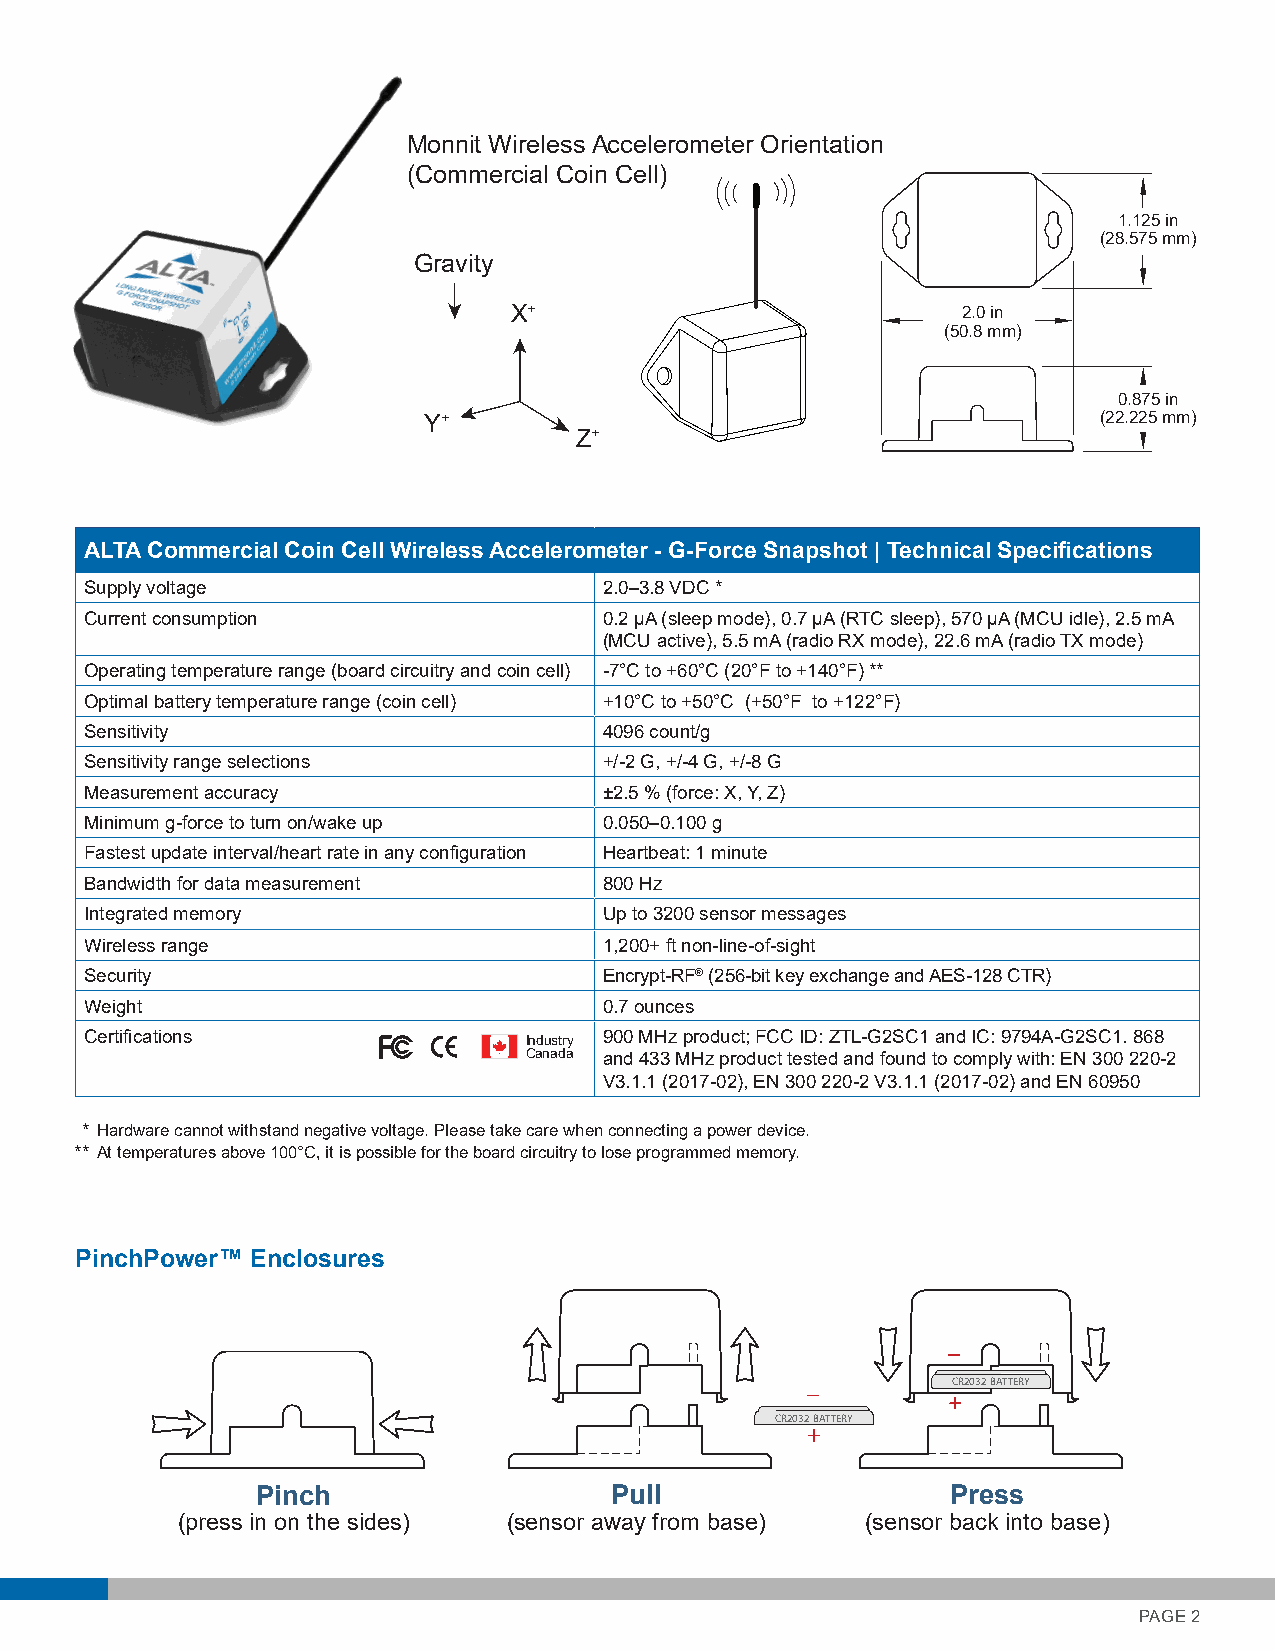
Monnit Wireless Accelerometer Orientation
 (Commercial Coin Cell)
 1.125 in   Pinch and Pull
 (28.575 mm) To Change Battery
 Gravity
 X+                            2.0 in
 (50.8 mm)
 CR2032 BATTERY
 0.875 in
 Y+                                           (22.225 mm)
 Z+
 ALTA Commercial Coin Cell Wireless Accelerometer - G-Force Snapshot | Technical Specifications
 Supply voltage                    2.0–3.8 VDC *
 Current consumption               0.2 µA (sleep mode), 0.7 µA (RTC sleep), 570 µA (MCU idle), 2.5 mA
 (MCU active), 5.5 mA (radio RX mode), 22.6 mA (radio TX mode)
 Operating temperature range (board circuitry and coin cell) -7°C to +60°C (20°F to +140°F) **
 Optimal battery temperature range (coin cell) +10°C to +50°C (+50°F to +122°F)
 Sensitivity                       4096 count/g
 Sensitivity range selections      +/-2 G, +/-4 G, +/-8 G
 Measurement accuracy              ±2.5 % (force: X, Y, Z)
 Minimum g-force to turn on/wake up 0.050–0.100 g
 Fastest update interval/heart rate in any configuration Heartbeat: 1 minute
 Bandwidth for data measurement    800 Hz
 Integrated memory                 Up to 3200 sensor messages
 Wireless range                    1,200+ ft non-line-of-sight
 Security                          Encrypt-RF® (256-bit key exchange and AES-128 CTR)
 Weight                            0.7 ounces
 Certifications               Industry 900 MHz product; FCC ID: ZTL-G2SC1 and IC: 9794A-G2SC1. 868
 Canada and 433 MHz product tested and found to comply with: EN 300 220-2
 V3.1.1 (2017-02), EN 300 220-2 V3.1.1 (2017-02) and EN 60950
 * Hardware cannot withstand negative voltage. Please take care when connecting a power device.
 ** At temperatures above 100°C, it is possible for the board circuitry to lose programmed memory.
 PinchPower™ Enclosures
 _         CR2032 BATTERY
 CR2032 BATTERY
 +
 Pinch                  Pull                   Press
 (press in on the sides) (sensor away from base) (sensor back into base)
 PAGE 2